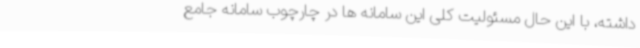
داشته، با این حال مسئولیت کلی این سامانه ها در چارچوب سامانه جامع